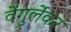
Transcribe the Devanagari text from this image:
वेंगुर्लेकर